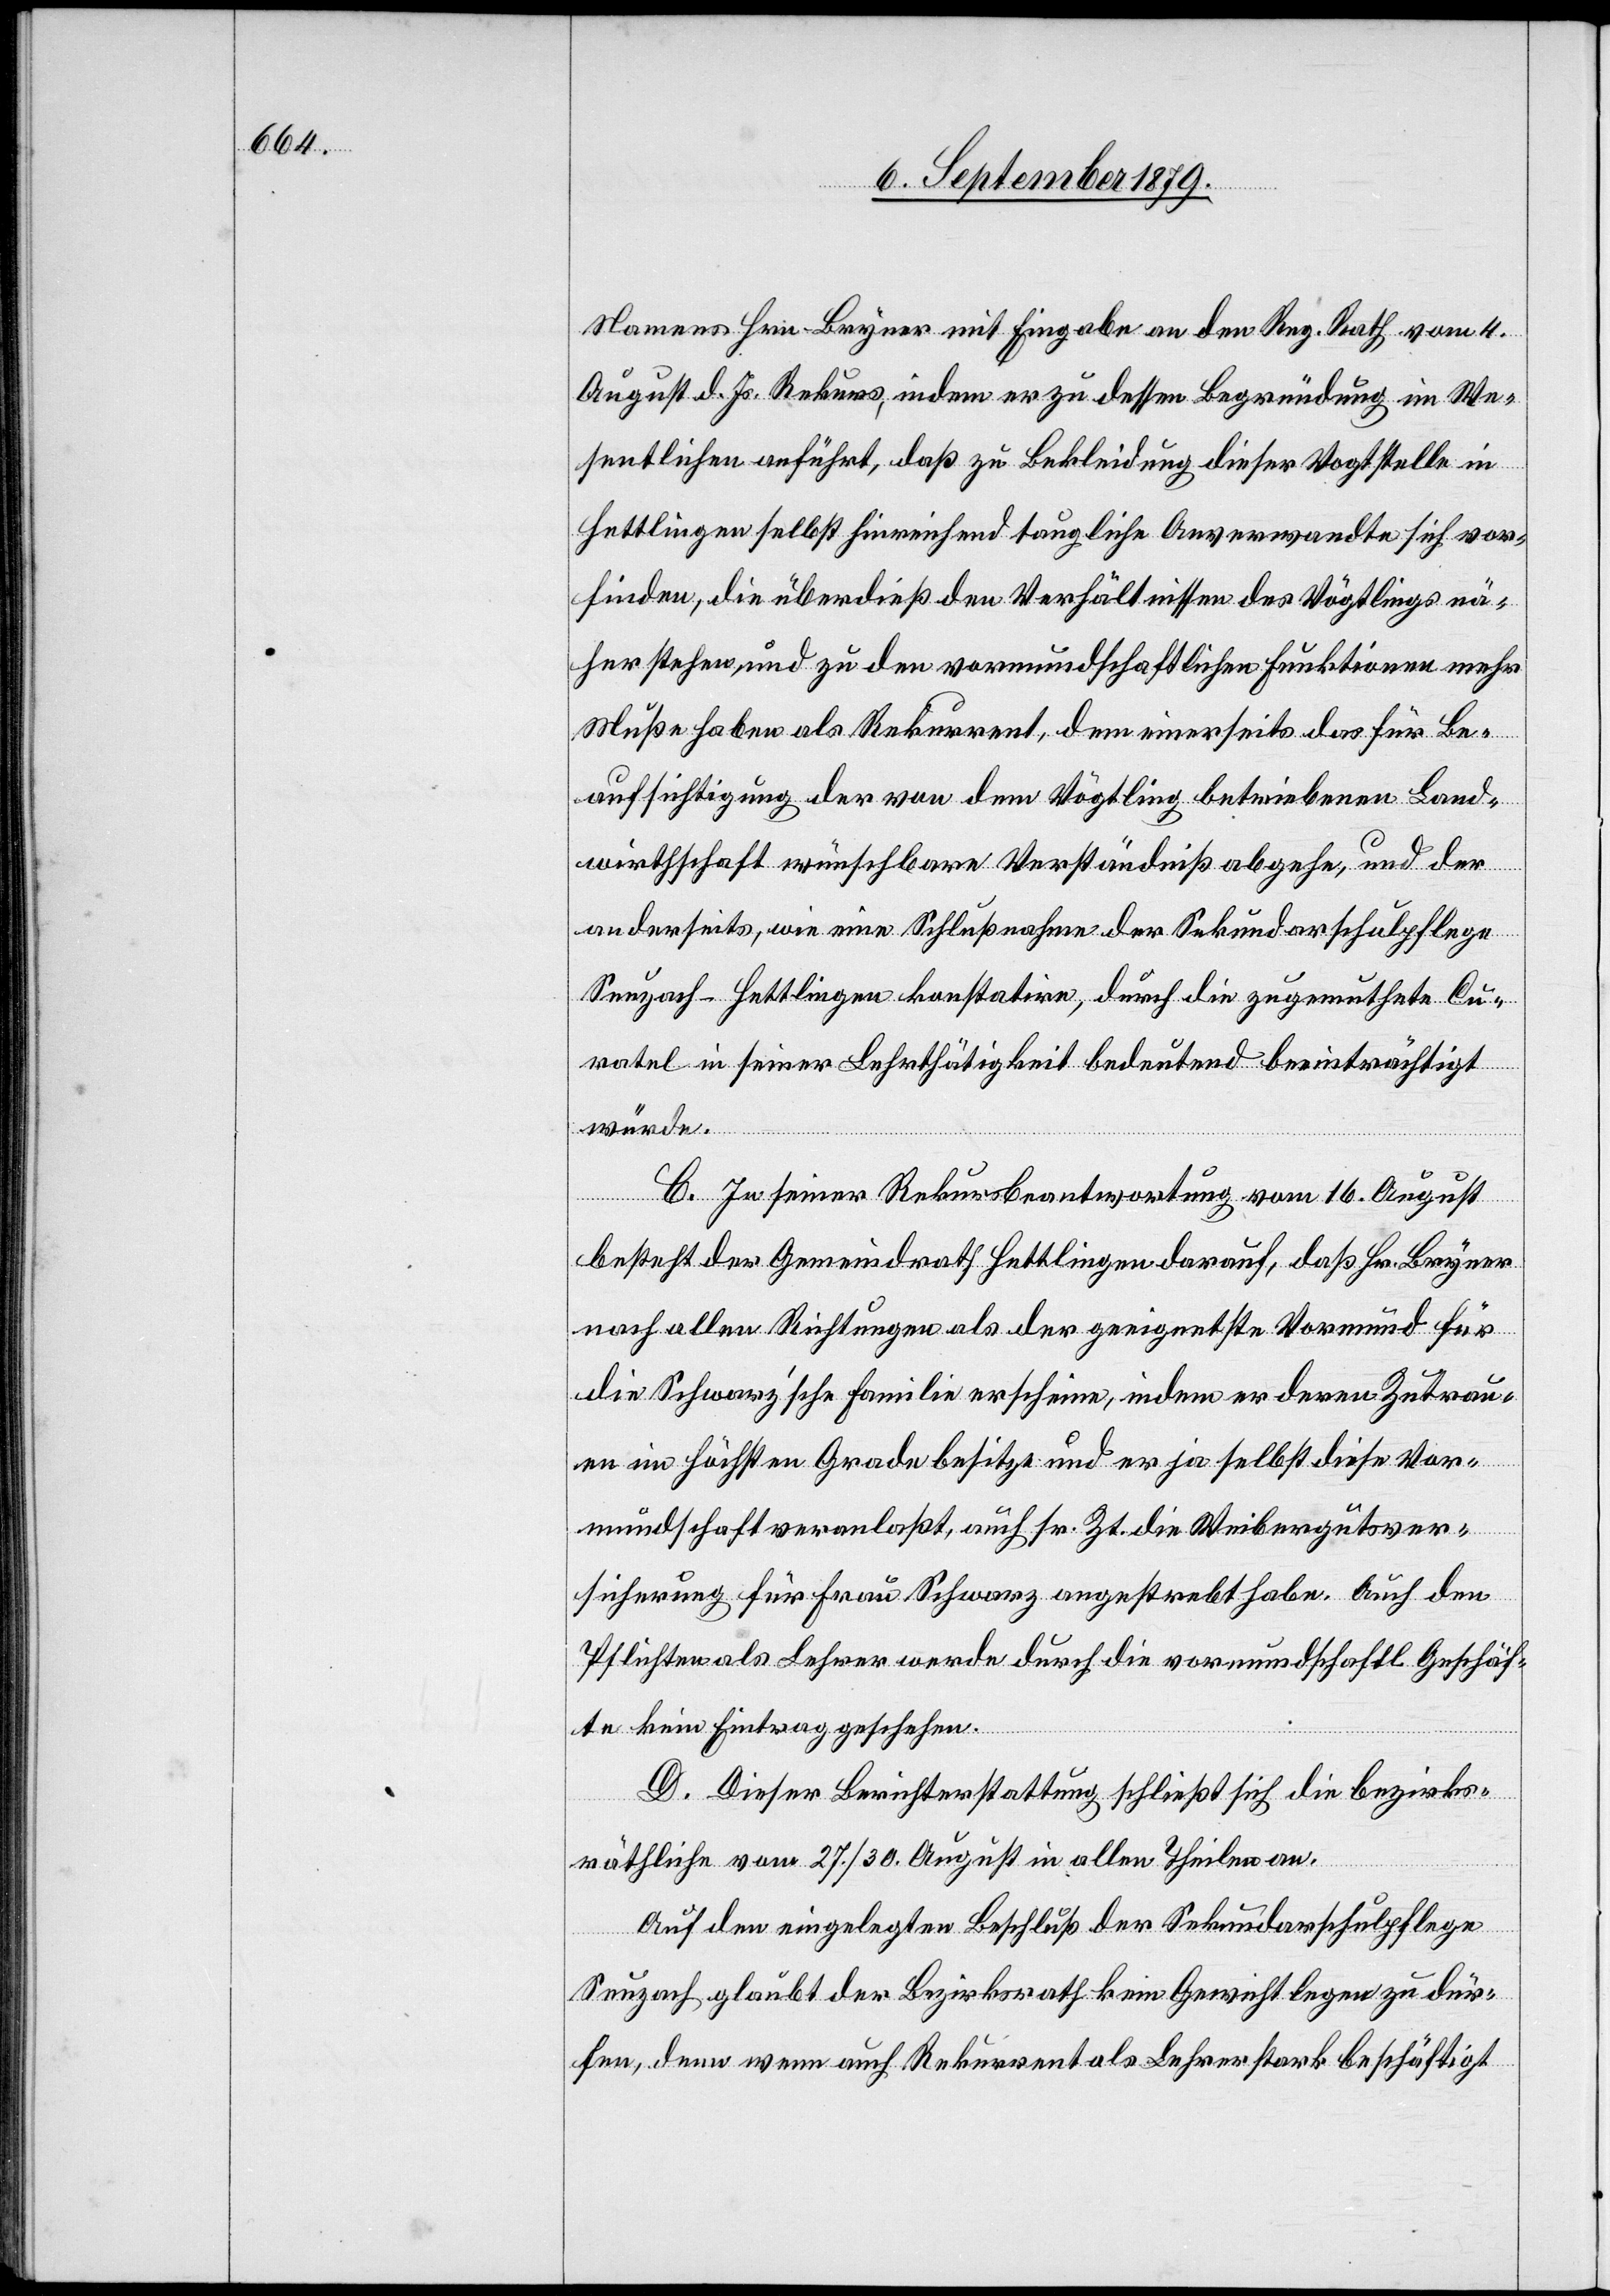
Namens Hrn. Bryner mit Eingabe an den Reg. Rath vom 4.
August d. Js. Rekurs, indem er zu dessen Begründung im We¬
sentlichen anführt, daß zu Bekleidung dieser Vogtstelle in
Hettlingen selbst hinreichend taugliche Anverwandte sich vor¬
finden, die überdieß den Verhältnissen des Vögtlings nä¬
her stehen, und zu den vormundschaftlichen Funktionen mehr
Muße haben als Rekurrent, dem einerseits das für Be¬
aufsichtigung der von dem Vögtling betriebenen Land¬
wirthschaft wünschbare Verständniß abgehe, und der
anderseits, wie eine Schlußnahme der Sekundarschulpflege
Seuzach-Hettlingen konstatire, durch die zugemuthete Cu¬
ratel in seiner Lehrthätigkeit bedeutend beeinträchtigt
würde.
C. In seiner Rekursbeantwortung vom 16. August
besteht der Gemeindrath Hettlingen darauf, daß Hr. Bryner
nach allen Richtungen als der geeignetste Vormund für
die Schwarz’sche Familie erscheine, indem er deren Zutrau¬
en im höchsten Grade besitze und er ja selbst diese Vor¬
mundschaft veranlaßt, auch sr. Zt. die Weibergutsver¬
sicherung für Frau Schwarz angestrebt habe. Auch den
Pflichten als Lehrer werde durch die vormundschaftl. Geschäf¬
te kein Eintrag geschehen.
D. Dieser Berichterstattung schließt sich die bezirks¬
räthliche vom 27./30. August in allen Theilen an.
Auf den eingelegten Beschluß der Sekundarschulpflege
Seuzach glaubt der Bezirksrath kein Gewicht legen zu dür¬
fen, denn wenn auch Rekurrent als Lehrer stark beschäftigt